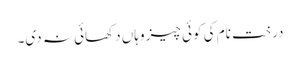
درخت نام کی کوئی چیز وہاں دکھائی نہ دی۔